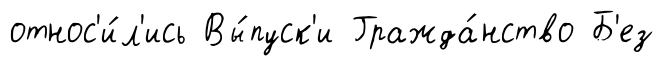
относ'и́л'ись Вы́пуск'и Гражда́нство Б'ез